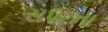
સપરના